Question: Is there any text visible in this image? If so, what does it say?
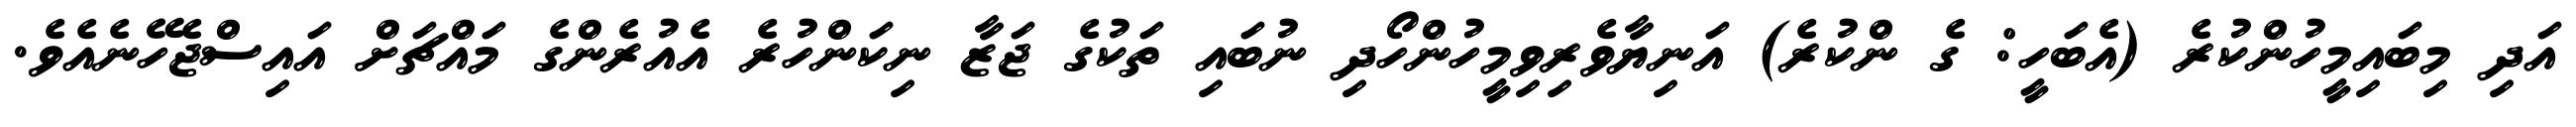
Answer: އަދި މިބައިމީހުންކުރެ (އެބަހީ: ގެ ންކުރެ) އަނިޔާވެރިވިމީހުންހޯދި ނުބައި ތަކުގެ ޖަޒާ ނިކަންހުރެ އެއުރެންގެ މައްޗަށް އައިސްޖެހޭނެއެވެ.